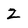
Character: Z